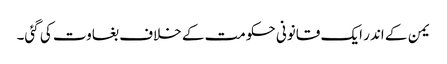
یمن کے اندر ایک قانونی حکومت کے خلاف بغاوت کی گئی۔